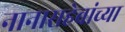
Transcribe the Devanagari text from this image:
नानासहेबांच्या